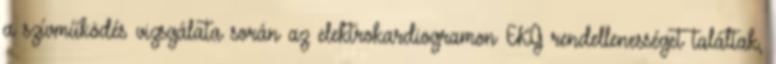
a szívműködés vizsgálata során az elektrokardiogramon EKG rendellenességet találtak,